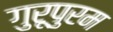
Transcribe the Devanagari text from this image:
गुरूपुरम